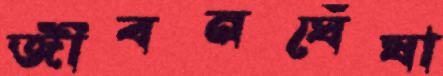
জীবনঘেঁষা